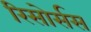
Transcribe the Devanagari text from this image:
रिसोर्सस